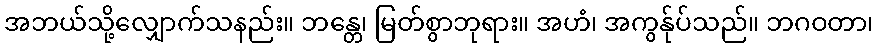
အဘယ်သို့လျှောက်သနည်း။ ဘန္တေ၊ မြတ်စွာဘုရား။ အဟံ၊ အကွန်ုပ်သည်။ ဘဂဝတာ၊